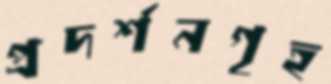
প্রদর্শনগৃহ